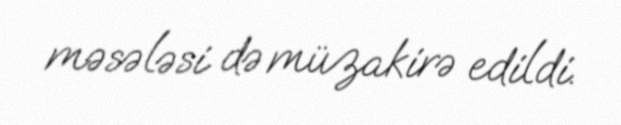
məsələsi də müzakirə edildi.